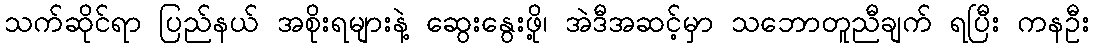
သက်ဆိုင်ရာ ပြည်နယ် အစိုးရများနဲ့ ဆွေးနွေးဖို့၊ အဲဒီအဆင့်မှာ သဘောတူညီချက် ရပြီး ကနဦး